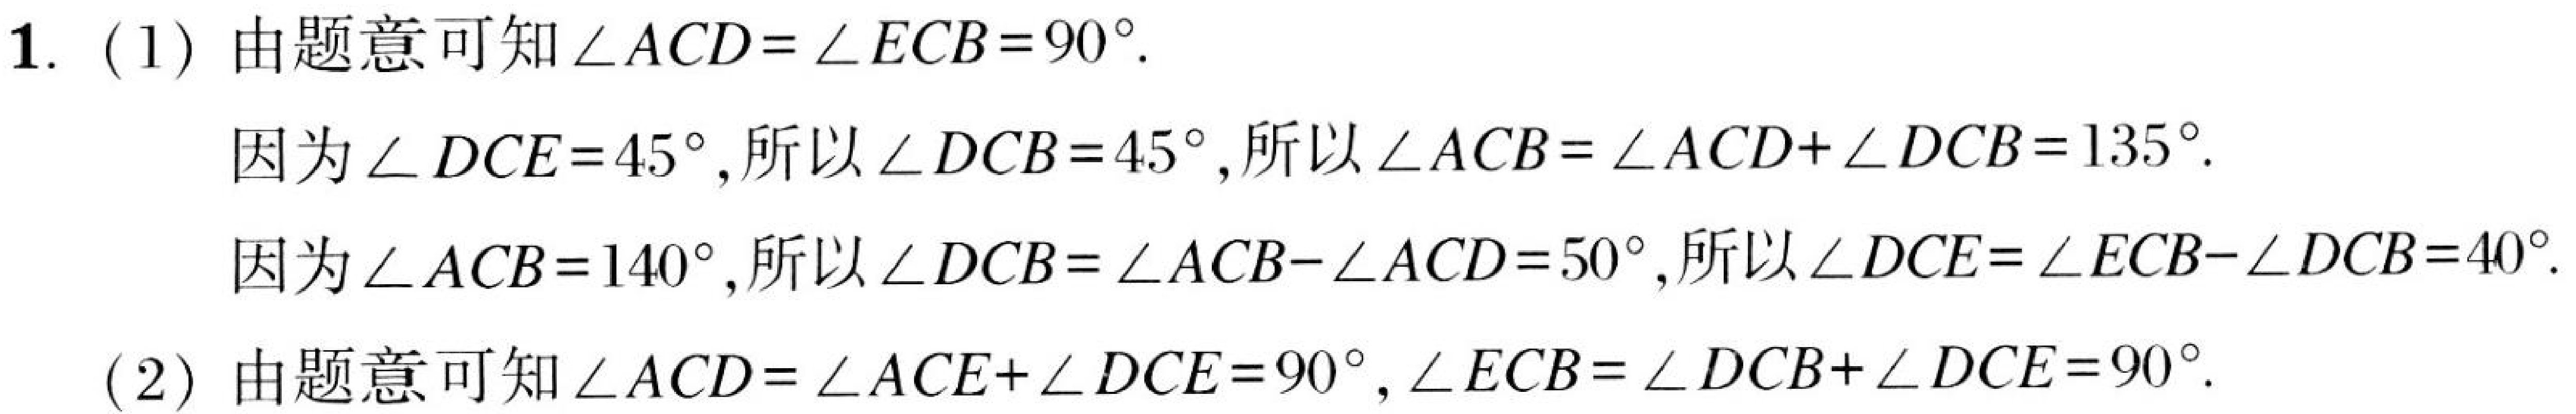
1. (1) 由题意可知\(\angle ACD = \angle ECB = 90^{\circ}\).
因为\(\angle DCE = 45^{\circ}\), 所以\(\angle DCB = 45^{\circ}\), 所以\(\angle ACB=\angle ACD+\angle DCB = 135^{\circ}\).
因为\(\angle ACB = 140^{\circ}\), 所以\(\angle DCB=\angle ACB - \angle ACD = 50^{\circ}\), 所以\(\angle DCE=\angle ECB-\angle DCB = 40^{\circ}\).
(2) 由题意可知\(\angle ACD=\angle ACE+\angle DCE = 90^{\circ}\), \(\angle ECB=\angle DCB+\angle DCE = 90^{\circ}\).